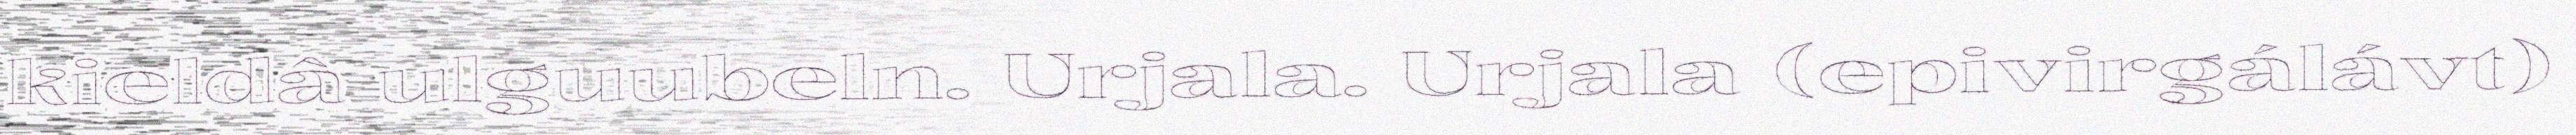
kieldâ ulguubeln. Urjala. Urjala (epivirgálávt)